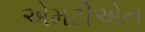
એમટીએન